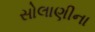
સોલાણીના